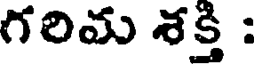
గరిమ శక్తి :